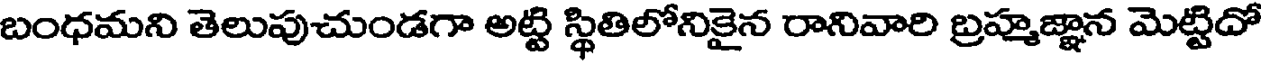
బంధమని తెలుపుచుండగా అట్టి స్థితిలోనికైన రానివారి బ్రహ్మజ్ఞాన మెట్టిదో